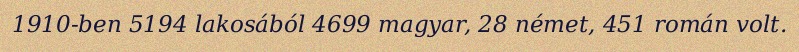
1910-ben 5194 lakosából 4699 magyar, 28 német, 451 román volt.